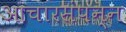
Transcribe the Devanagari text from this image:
आचारसंपन्‍न